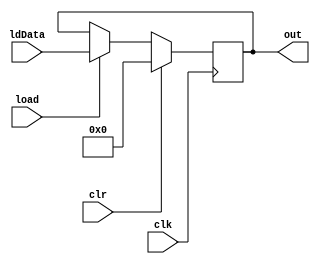
module register #(
    parameter N = 32
)(
    input load, clr, clk,
    input [N-1:0] ldData,
    output reg [N-1:0] out
);
    always @(posedge clk) begin
		if (clr) out <= {N{1'b0}};
        else if (load) out <= ldData;
    end
endmodule